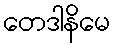
တေဒါနိမေ